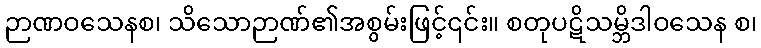
ဉာဏဝသေနစ၊ သိသောဉာဏ်၏အစွမ်းဖြင့်၎င်း။ စတုပဋိသမ္ဘိဒါဝသေန စ၊